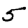
Digit: 5